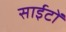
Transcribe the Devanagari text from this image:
साईटों